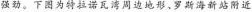
强劲。下图为特拉诺瓦湾周边地形、罗斯海新站附近